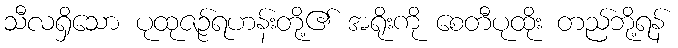
သီလရှိသော ပုထုဇဉ်ရဟန်းတို့၏ အရိုးကို စေတီပုထိုး တည်ဘို့ရန်